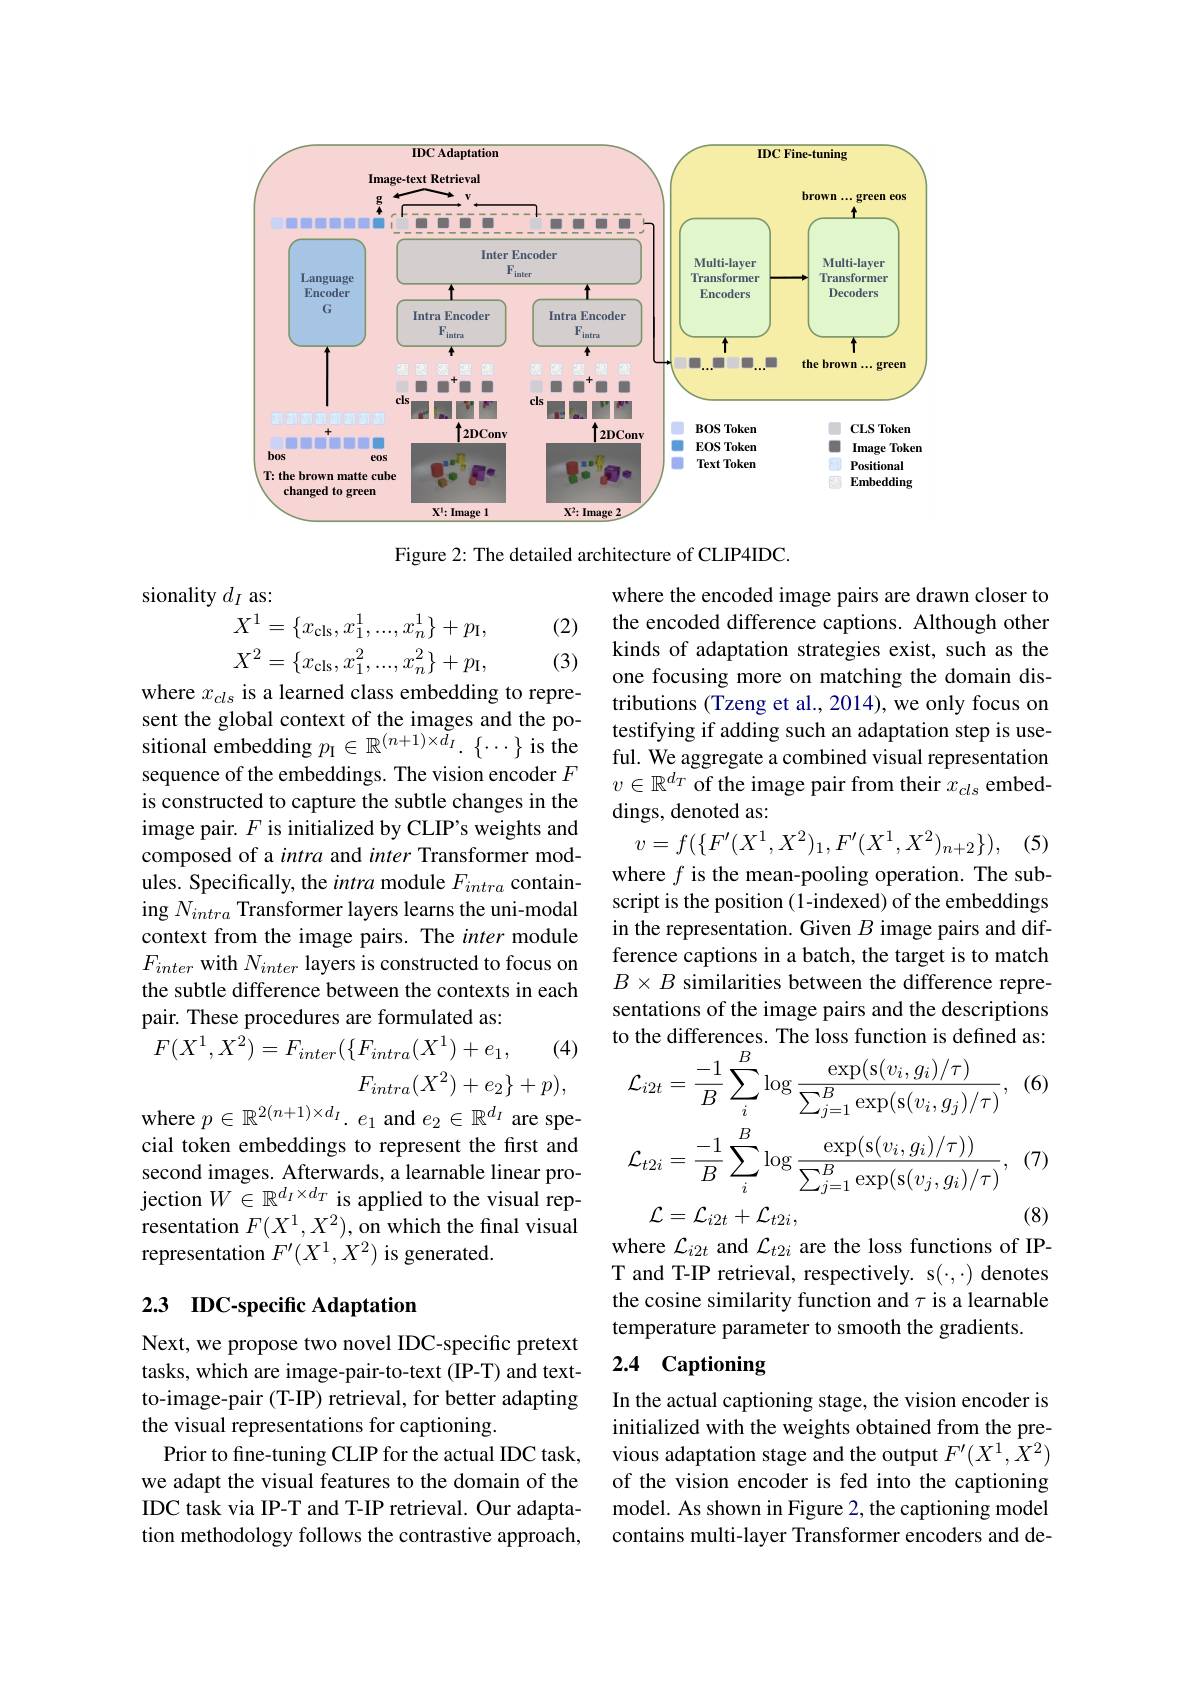
<FigureHere>

Figure 2: The detailed architecture of CLIP4IDC.

sionality $d_{I}$ as:
$$\begin{aligned}&X^{1}=\{x_{\mathrm{cls}},x_{1}^{1},...,x_{n}^{1}\}+p_{\mathrm{I}},\\&X^{2}=\{x_{\mathrm{cls}},x_{1}^{2},...,x_{n}^{2}\}+p_{\mathrm{I}},\\\end{aligned}$$
(2)

(3)

where the encoded image pairs are drawn closer to the encoded difference captions. Although other kinds of adaptation strategies exist, such as the one focusing more on matching the domain distributions (Tzeng et al., 2014), we only focus on testifying if adding such an adaptation step is use-
sitional embedding $p_{\mathrm{I} }\in \mathbb{R} ^{( n+ 1) \times d_{I}}.$ $\{ \cdots \}$ is the ful. We aggregate a combined visual rep esentaion an adaptation step is usesitional embeddinas The svision ancoder $E$ ful. We aggregate a combined visual representation
$v\in\mathbb{R}^{d_T}$ of the image pair from their $x_cls$ embed-
dings, denoted as:
$$v=f(\{F'(X^1,X^2)_1,F'(X^1,X^2)_{n+2}\}),$$
(5)

where $x_{cls}$ is a learned class embedding to represent the global context of the images and the posequence of the embeddings. The vision encoder $F$ is constructed to capture the subtle changes in the image pair. $F$ is initialized by CLIP's weights and composed of a intra and inter Transformer modules. Specifically, the intra module $F_{intra}$ containing $N_{intra}$ Transformer layers learns the uni-modal context from the image pairs. The inter module $F_{inter}$ with $N_inter$ layers is constructed to focus on the subtle difference between the contexts in each pair. These procedures are formulated as:
$$F(X^1,X^2)=F_{inter}(\{F_{intra}(X^1)+e_1,$$
where $f$ is the mean-pooling operation. The subscript is the position (1-indexed) of the embeddings in the representation. Given $B$ image pairs and difference captions in a batch, the target is to match $B\times B$ similarities between the difference representations of the image pairs and the descriptions

(4)

$F_{intra}(X^2)+e_2\}+p)$,
where $p\in\mathbb{R}^{2(n+1)\times d_I}.e_1$ and $e_2\in\mathbb{R}^{d_I}$ are spe-
$$\begin{aligned}&\text{o the dinerences. Ine loss 1uncuon ls denned as}\\&\mathcal{L}_{i2t}=\frac{-1}{B}\sum_{i}^{B}\log\frac{\exp(s(v_{i},g_{i})/\tau)}{\sum_{j=1}^{B}\exp(s(v_{i},g_{j})/\tau)},\:(6\\&\mathcal{L}_{t2i}=\frac{-1}{B}\sum_{i}^{B}\log\frac{\exp(s(v_{i},g_{i})/\tau))}{\sum_{j=1}^{B}\exp(s(v_{j},g_{i})/\tau)},\:(7\\&\mathcal{C}=\mathcal{C}_{i\Omega t}+\mathcal{C}_{t\Omega i}\end{aligned}$$
cial token embeddings to represent the first and second images. Afterwards, a learnable linear projection $W\in\mathbb{R}^{d_I\times d_T}$ is applied to the visual representation $F(X^1,X^2)$, on which the final visual representation $F^\prime(X^1,X^2)$ is generated.

(8)

where $\mathcal{L}_{i2t}$ and $\mathcal{L}_{t2i}$ are the loss functions of IPT and T-IP retrieval, respectively. s(·,·) denotes the cosine similarity function and $\tau$ is a learnable temperature parameter to smooth the gradients.

## 2.3 IDC-specific Adaptation

## 2.4 Captioning

Next, we propose two novel IDC-specific pretext tasks, which are image-pair-to-text (IP-T) and textto-image-pair (T-IP) retrieval, for better adapting the visual representations for captioning.
Prior to fine-tuning CLIP for the actual IDC task, we adapt the visual features to the domain of the IDC task via IP-T and T-IP retrieval. Our adaptation methodology follows the contrastive approach,

In the actual captioning stage, the vision encoder is initialized with the weights obtained from the previous adaptation stage and the output $F^\prime(X^1,\dot{X}^2)$ of the vision encoder is fed into the captioning model. As shown in Figure 2, the captioning model contains multi-layer Transformer encoders and de-